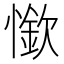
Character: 𰒏